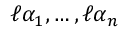
\ell \alpha _ { 1 } , \ldots , \ell \alpha _ { n }